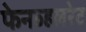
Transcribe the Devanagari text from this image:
फेनव्हलरेट